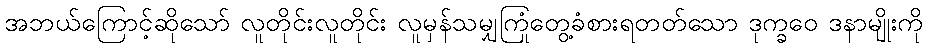
အဘယ်ကြောင့်ဆိုသော် လူတိုင်းလူတိုင်း လူမှန်သမျှကြုံတွေ့ခံစားရတတ်သော ဒုက္ခဝေ ဒနာမျိုးကို